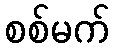
စစ်မက်